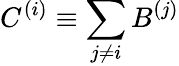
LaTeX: C^{(i)}\equiv\sum_{j\neq i}B^{(j)}